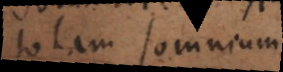
totam somnium